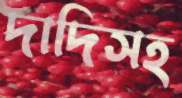
দাদিসহ